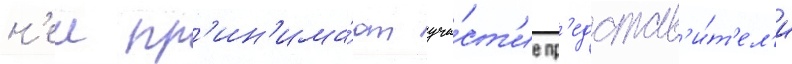
н'еи пр'ин'има́ют уча́ст'ие пр'едстав'и́т'ел'и